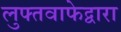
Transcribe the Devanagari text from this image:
लुफ्तवाफेद्वारा